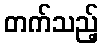
တက်သည့်